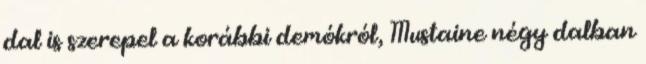
dal is szerepel a korábbi demókról, Mustaine négy dalban